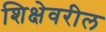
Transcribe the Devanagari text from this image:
शिक्षेवरील